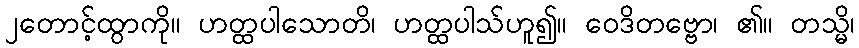
၂တောင့်ထွာကို။ ဟတ္ထပါသောတိ၊ ဟတ္ထပါသ်ဟူ၍။ ဝေဒိတဗ္ဗော၊ ၏။ တသ္မိ၊